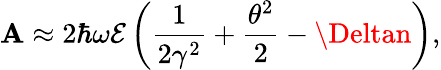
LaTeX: \mathbf{A}\approx2\hbar\omega\mathcal{{E}}\left(\frac{{1}}{{2\gamma^{2}}}+\frac{{\theta^{2}}}{{2}}-\Deltan\right),